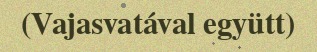
(Vajasvatával együtt)